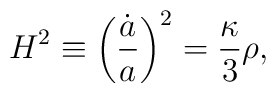
H^2\equiv \biggl(\frac{\dot{a}}{a}\biggr)^2 = \frac{\kappa}{3}\rho ,